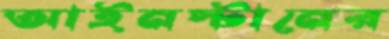
আইনস্টানের